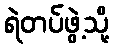
ရဲတပ်ဖွဲ့သို့